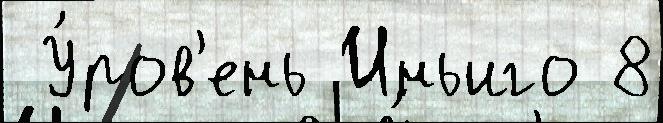
 У́ров'ень Иньиго 8